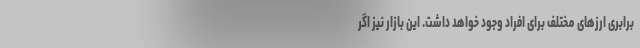
برابری ارزهای مختلف برای افراد وجود خواهد داشت. این بازار نیز اگر